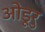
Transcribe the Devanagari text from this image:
ओडूरु